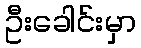
ဦးခေါင်းမှာ